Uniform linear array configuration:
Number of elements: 8
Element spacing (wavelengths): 0.5
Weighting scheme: hamming
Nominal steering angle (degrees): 60
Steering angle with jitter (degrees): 58.738
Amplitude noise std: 0.05
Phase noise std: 0.05

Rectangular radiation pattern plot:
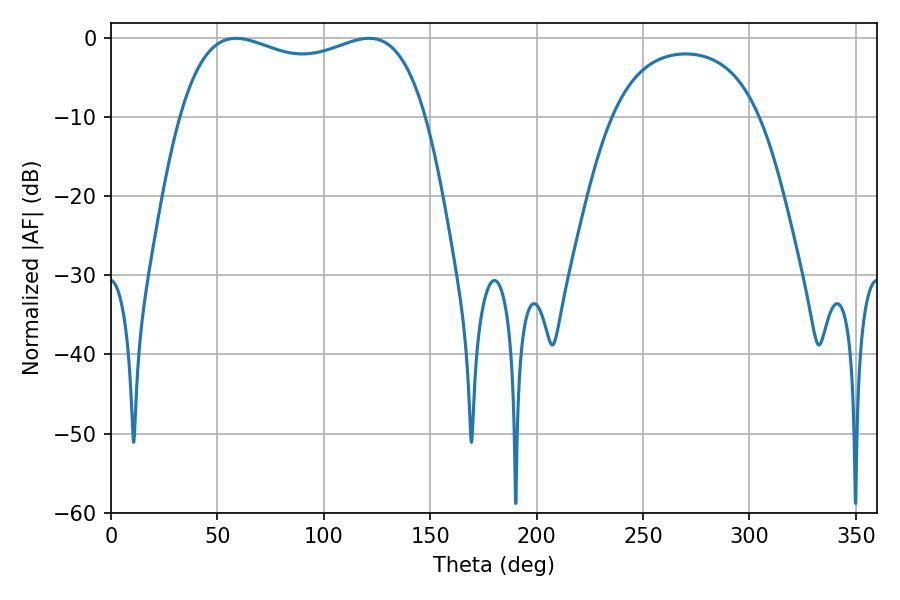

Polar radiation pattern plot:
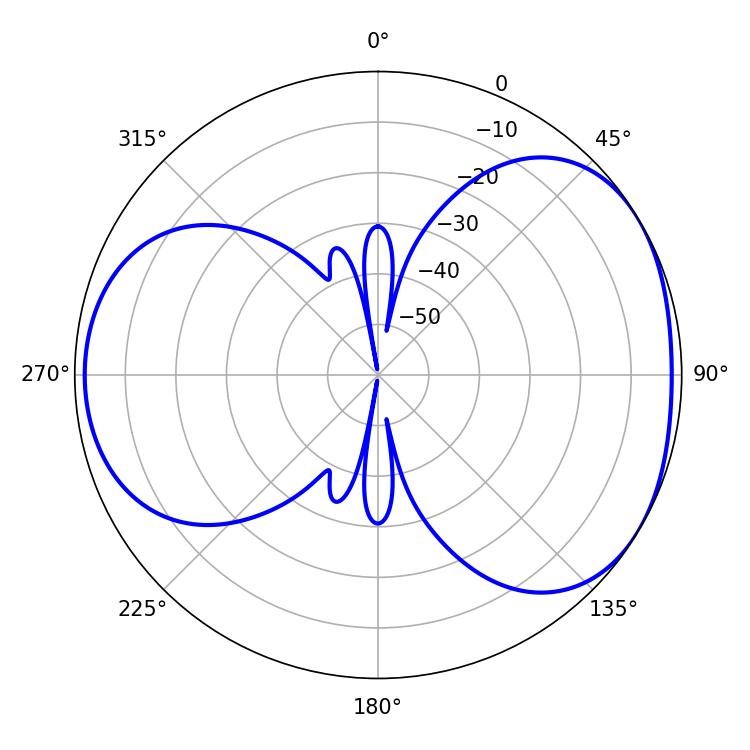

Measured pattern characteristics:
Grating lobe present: FALSE
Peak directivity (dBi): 4.276
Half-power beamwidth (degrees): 94.68
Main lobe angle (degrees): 58.68